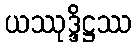
ယဿုဒ္ဒိဋ္ဌဿ